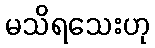
မသိရသေးဟု